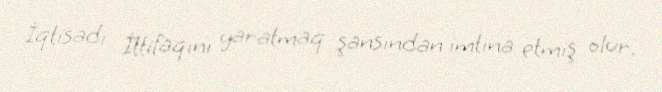
İqtisadi İttifaqını yaratmaq şansından imtina etmiş olur.